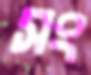
সং